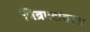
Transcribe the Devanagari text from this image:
चित्रपटांबद्दल